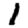
Digit: 1